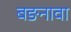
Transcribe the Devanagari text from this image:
बङनावा